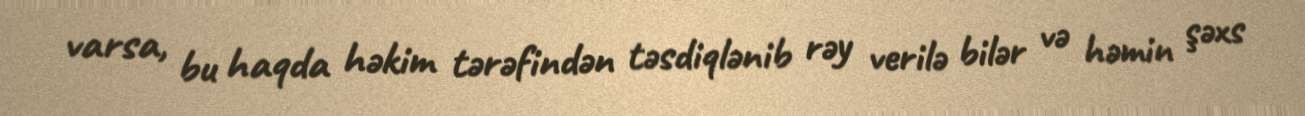
varsa, bu haqda həkim tərəfindən təsdiqlənib rəy verilə bilər və həmin şəxs